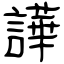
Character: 譁